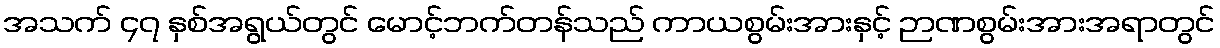
အသက် ၄၇ နှစ်အရွယ်တွင် မောင့်ဘက်တန်သည် ကာယစွမ်းအားနှင့် ဉာဏစွမ်းအားအရာတွင်